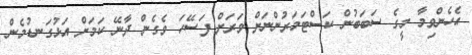
އެހެންވިމާ މީގެ ސަބަބުން ކަސްޓަމަރުންނަށް ވަރަށް ފަސޭހަ ވެގެން ދާނޭ ކަމަށް އަޅުގަނޑުމެން